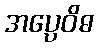
အပ္ပေဝိဓ